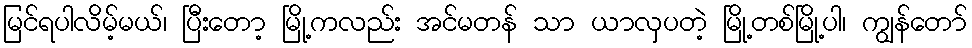
မြင်ရပါလိမ့်မယ်၊ ပြီးတော့ မြို့ကလည်း အင်မတန် သာ ယာလှပတဲ့ မြို့တစ်မြို့ပါ၊ ကျွန်တော်